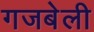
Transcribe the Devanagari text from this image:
गजबेली